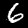
Label: 6